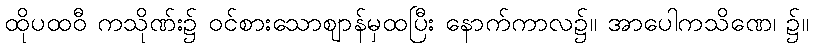
ထိုပထဝီ ကသိုဏ်း၌ ဝင်စားသောဈာန်မှထပြီး နောက်ကာလ၌။ အာပေါကသိဏေ၊ ၌။